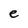
Character: e